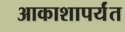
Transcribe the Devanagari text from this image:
आकाशापर्यंत